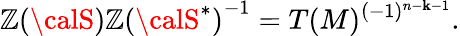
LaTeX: {\mathbb{Z}({\calS})}{\mathbb{Z}({\calS}^{*})}^{-1}=T(M)^{(-1)^{n-\mathbf{k}-1}}.